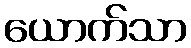
ယောက်သာ